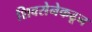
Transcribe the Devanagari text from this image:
शिवसेनेकढून